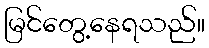
မြင်တွေ့နေရသည်။